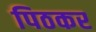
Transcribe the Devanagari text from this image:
पिठकर